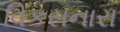
વિકસનારા